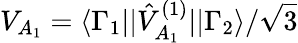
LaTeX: V_{A_{1}}=\langle\Gamma_{1}||\hat{V}_{A_{1}}^{(1)}||\Gamma_{2}\rangle/\sqrt{3}